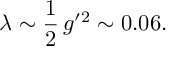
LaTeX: \lambda \sim \frac { 1 } { 2 } \, g ^ { \prime 2 } \sim 0 . 0 6 .